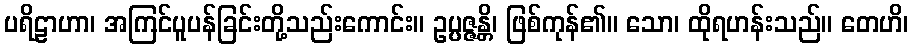
ပရိဠာဟာ၊ အကြင်ပူပန်ခြင်းတို့သည်းကောင်း။ ဥပ္ပဇ္ဇန္တိ၊ ဖြစ်ကုန်၏။ သော၊ ထိုရဟန်းသည်။ တေဟိ၊